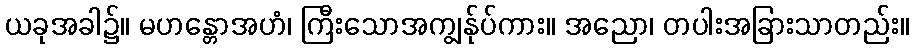
ယခုအခါ၌။ မဟန္တောအဟံ၊ ကြီးသောအကျွန်ုပ်ကား။ အညော၊ တပါးအခြားသာတည်း။